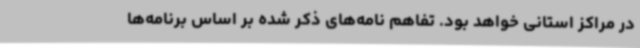
در مراکز استانی خواهد بود. تفاهم نامه‌های ذکر شده بر اساس برنامه‌ها